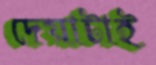
দেয়াটাই